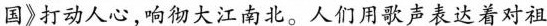
国》打动人心，响彻大江南北。人们用歌声表达着对祖